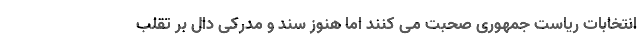
انتخابات ریاست جمهوری صحبت می کنند اما هنوز سند و مدرکی دال بر تقلب